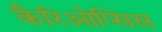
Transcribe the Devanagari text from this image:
कैरिओप्सिस